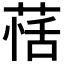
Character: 𦳇